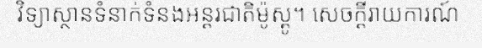
វិទ្យាស្ថានទំនាក់ទំនងអន្តរជាតិម៉ូស្គូ។ សេចក្តីរាយការណ៍